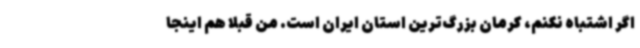
اگر اشتباه نکنم، کرمان بزرگ‌ترین استان ایران است. من قبلا هم اینجا